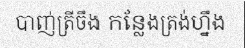
បាញ់ត្រីចឹង កន្លែងត្រង់ហ្នឹង